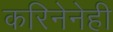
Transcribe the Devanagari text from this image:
करिनेनेही